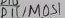
Text: D11/MOSI